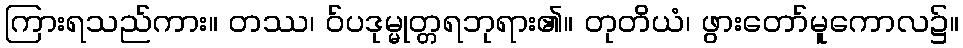
ကြားရသည်ကား။ တဿ၊ ဝ်ပဒုမ္မုတ္တရဘုရား၏။ တုတိယံ၊ ဖွားတော်မူကောလ၌။